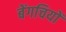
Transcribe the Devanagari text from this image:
बेंगचियों